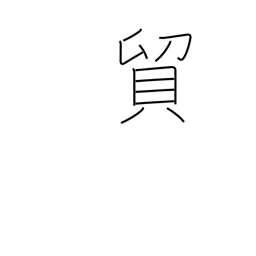
Meaning: exchange